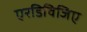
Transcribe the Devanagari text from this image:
एरडिविजिए